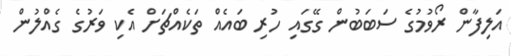
އަލިފާން ރޯވުމުގެ ސަބަބުން ގޭގައި ހުރި ބައެއް ތަކެއްޗަށް އެކި ވަރުގެ ގެއްލުން